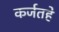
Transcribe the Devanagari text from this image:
कर्जतहे